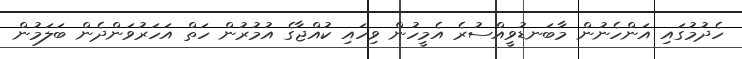
ހެދުމުގައި އަންހެނުން މާބަނޑުވީއްސުރެ އެމީހުން ވިހައި ކުއްޖާގެ އުމުރުން ހަތް އަހަރުވަންދެން ބަލަމުން